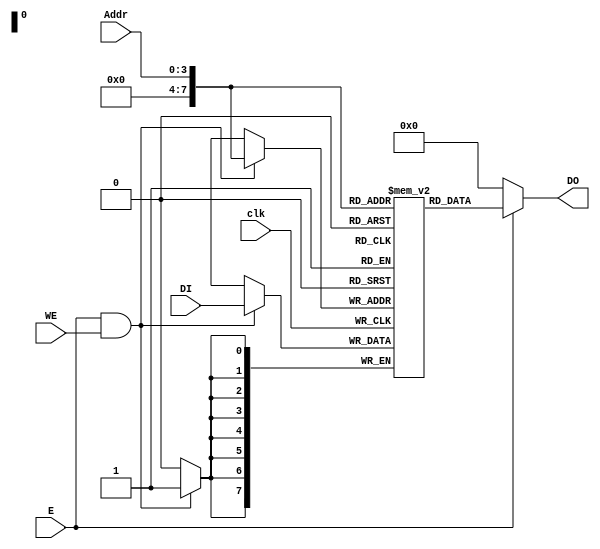
`timescale 1ns / 1ps

module DMem(
    input clk,  							// Clock //
    input E,							  //Enable Port//
    input WE,							 //Write Enable//
    input [3:0] Addr,				//Address Port //	
    input [7:0] DI,					//Data In//
    output [7:0] DO					//Data Out//
    );

reg [7:0] data_mem [255:0];

always@(posedge clk)
begin

if((E==1) && (WE ==1))   // If Enable port and Write Enable ports are high, then accept data as input //
data_mem[Addr] <= DI;
end

assign DO = (E ==1)? data_mem[Addr]:0;  //If Enable port is high, make data available to output, else data out = zero //
endmodule